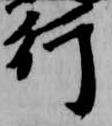
行